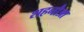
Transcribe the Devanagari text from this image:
शहनौआ